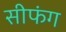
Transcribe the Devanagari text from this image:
सीफंग